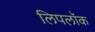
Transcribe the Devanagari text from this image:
लिपलॉक